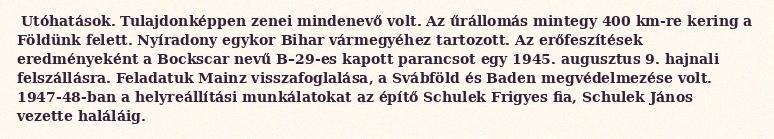
Utóhatások. Tulajdonképpen zenei mindenevő volt. Az űrállomás mintegy 400 km-re kering a Földünk felett. Nyíradony egykor Bihar vármegyéhez tartozott. Az erőfeszítések eredményeként a Bockscar nevű B–29-es kapott parancsot egy 1945. augusztus 9. hajnali felszállásra. Feladatuk Mainz visszafoglalása, a Svábföld és Baden megvédelmezése volt. 1947-48-ban a helyreállítási munkálatokat az építő Schulek Frigyes fia, Schulek János vezette haláláig.